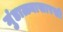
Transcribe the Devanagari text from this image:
गुंडाळ्यासारखी